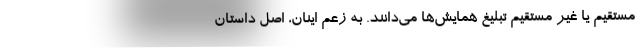
مستقیم یا غیر مستقیم تبلیغ همایش‌ها می‌دانند. به زعم اینان، اصل داستان